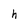
Character: h